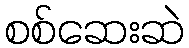
စစ်ဆေးဆဲ